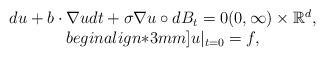
LaTeX: \begin{align*}\begin{array}{c}du+b \cdot\nabla u dt + \sigma \nabla u \circ dB_t=0 (0,\infty) \times \mathbb R^d, \\begin{align*}3mm]u|_{t=0} = f ,\end{array}\end{align*}